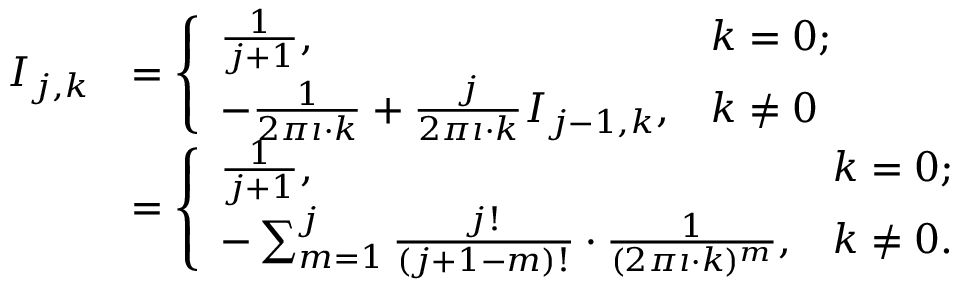
{ \begin{array} { r l } { I _ { j , k } } & { = { \left\{ \begin{array} { l l } { { \frac { 1 } { j + 1 } } , } & { k = 0 ; } \\ { - { \frac { 1 } { 2 \pi \imath \cdot k } } + { \frac { j } { 2 \pi \imath \cdot k } } I _ { j - 1 , k } , } & { k \neq 0 } \end{array} \right. } } \\ & { = { \left\{ \begin{array} { l l } { { \frac { 1 } { j + 1 } } , } & { k = 0 ; } \\ { - \sum _ { m = 1 } ^ { j } { \frac { j ! } { ( j + 1 - m ) ! } } \cdot { \frac { 1 } { ( 2 \pi \imath \cdot k ) ^ { m } } } , } & { k \neq 0 . } \end{array} \right. } } \end{array} }